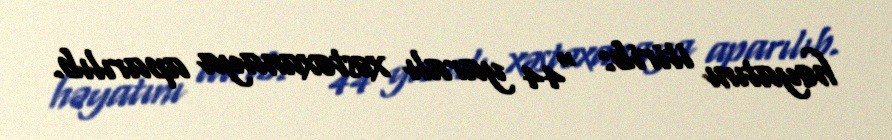
həyatını itirib: “44 yaralı xəstəxanaya aparılıb.